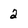
Character: 2